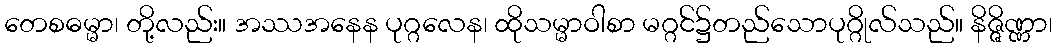
တေစဓမ္မာ၊ တို့လည်း။ အဿအနေန ပုဂ္ဂလေန၊ ထိုသမ္မာဝါစာ မဂ္ဂင်၌တည်သောပုဂ္ဂိုလ်သည်။ နိဇ္ဇိဏ္ဏာ၊